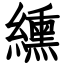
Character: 纁